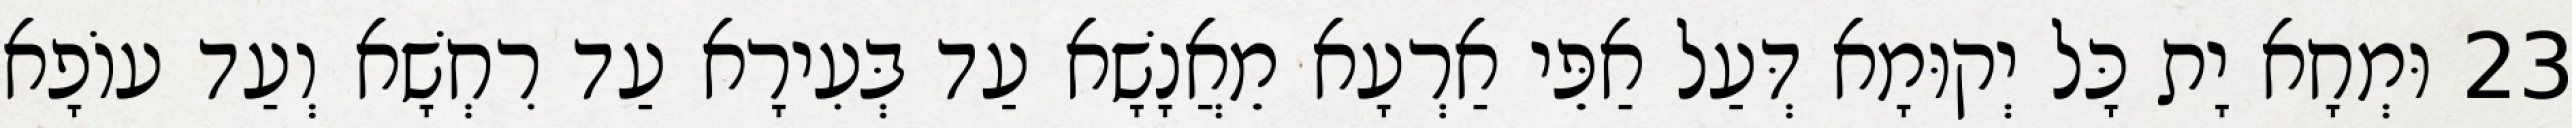
23 וּמְחָא יָת כָּל יְקוּמָא דְּעַל אַפֵּי אַרְעָא מֵאֲנָשָׁא עַד בְּעִירָא עַד רִחְשָׁא וְעַד עוֹפָא